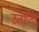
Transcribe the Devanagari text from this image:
उताप्दों